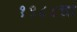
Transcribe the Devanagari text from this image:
१९८८चा